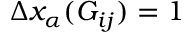
\Delta x _ { \alpha } ( G _ { i j } ) = 1